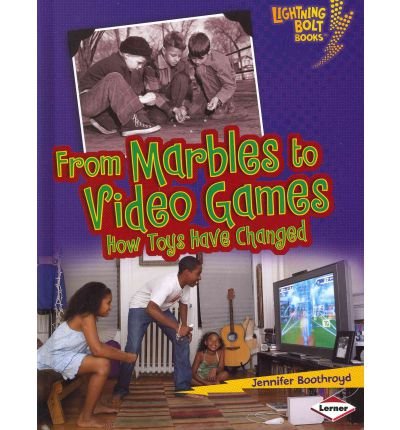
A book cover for [(From Marbles to Video Games: How Toys Have Changed )] [Author: Jennifer Boothroyd] [Aug-2011]; Jennifer Boothroyd; Crafts, Hobbies & Home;